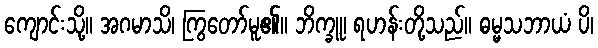
ကျောင်းသို့။ အဂမာသိ၊ ကြွတော်မူ၏။ ဘိက္ခူ၊ ရဟန်းတို့သည်။ ဓမ္မသဘာယံ ပိ၊